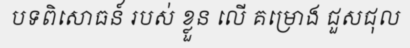
បទពិសោធន៍ របស់ ខ្លួន លើ គម្រោង ជួសជុល